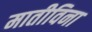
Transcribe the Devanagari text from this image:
मातीविना